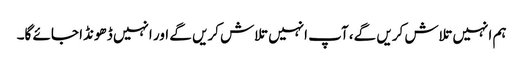
ہم انہیں تلاش کریں گے، آپ انہیں تلاش کریں گے اور انہیں ڈھونڈا جائے گا۔